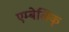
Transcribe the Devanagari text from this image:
एम्बेलिक्